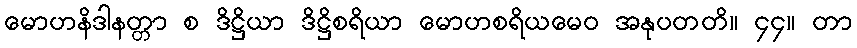
မောဟနိဒါနတ္တာ စ ဒိဋ္ဌိယာ ဒိဋ္ဌိစရိယာ မောဟစရိယမေဝ အနုပတတိ။ ၄၄။ တာ